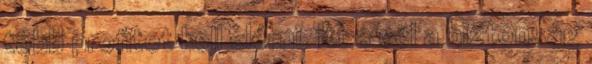
több profitot kell elérni. Itt a cél a biztonság